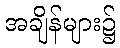
အချိန်များ၌